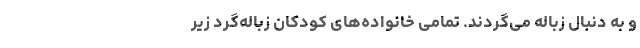
و به دنبال زباله می‌گردند. تمامی خانواده‌های کودکان زباله‌گرد زیر